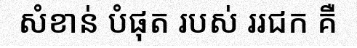
សំខាន់ បំផុត របស់ ររជក គឺ